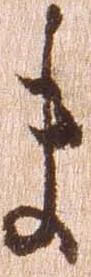
ま